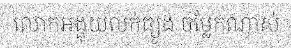
លោកអង្គុយលក់ធ្យូង ចម្លែកណាស់